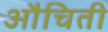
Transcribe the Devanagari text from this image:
औचिती